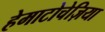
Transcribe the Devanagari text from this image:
हेमाटोचेज़िया